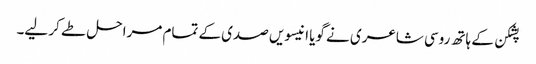
پشکن کے ہاتھ روسی شاعری نے گویا انیسویں صدی کے تمام مراحل طے کر لیے۔